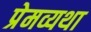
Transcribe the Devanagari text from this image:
प्रेमव्यथा